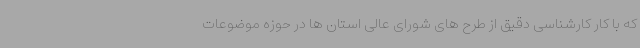
که با کار کارشناسی دقیق از طرح های شورای عالی استان ها در حوزه موضوعات